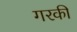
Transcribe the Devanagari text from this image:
गरकी